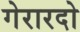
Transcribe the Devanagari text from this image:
गेरारदो